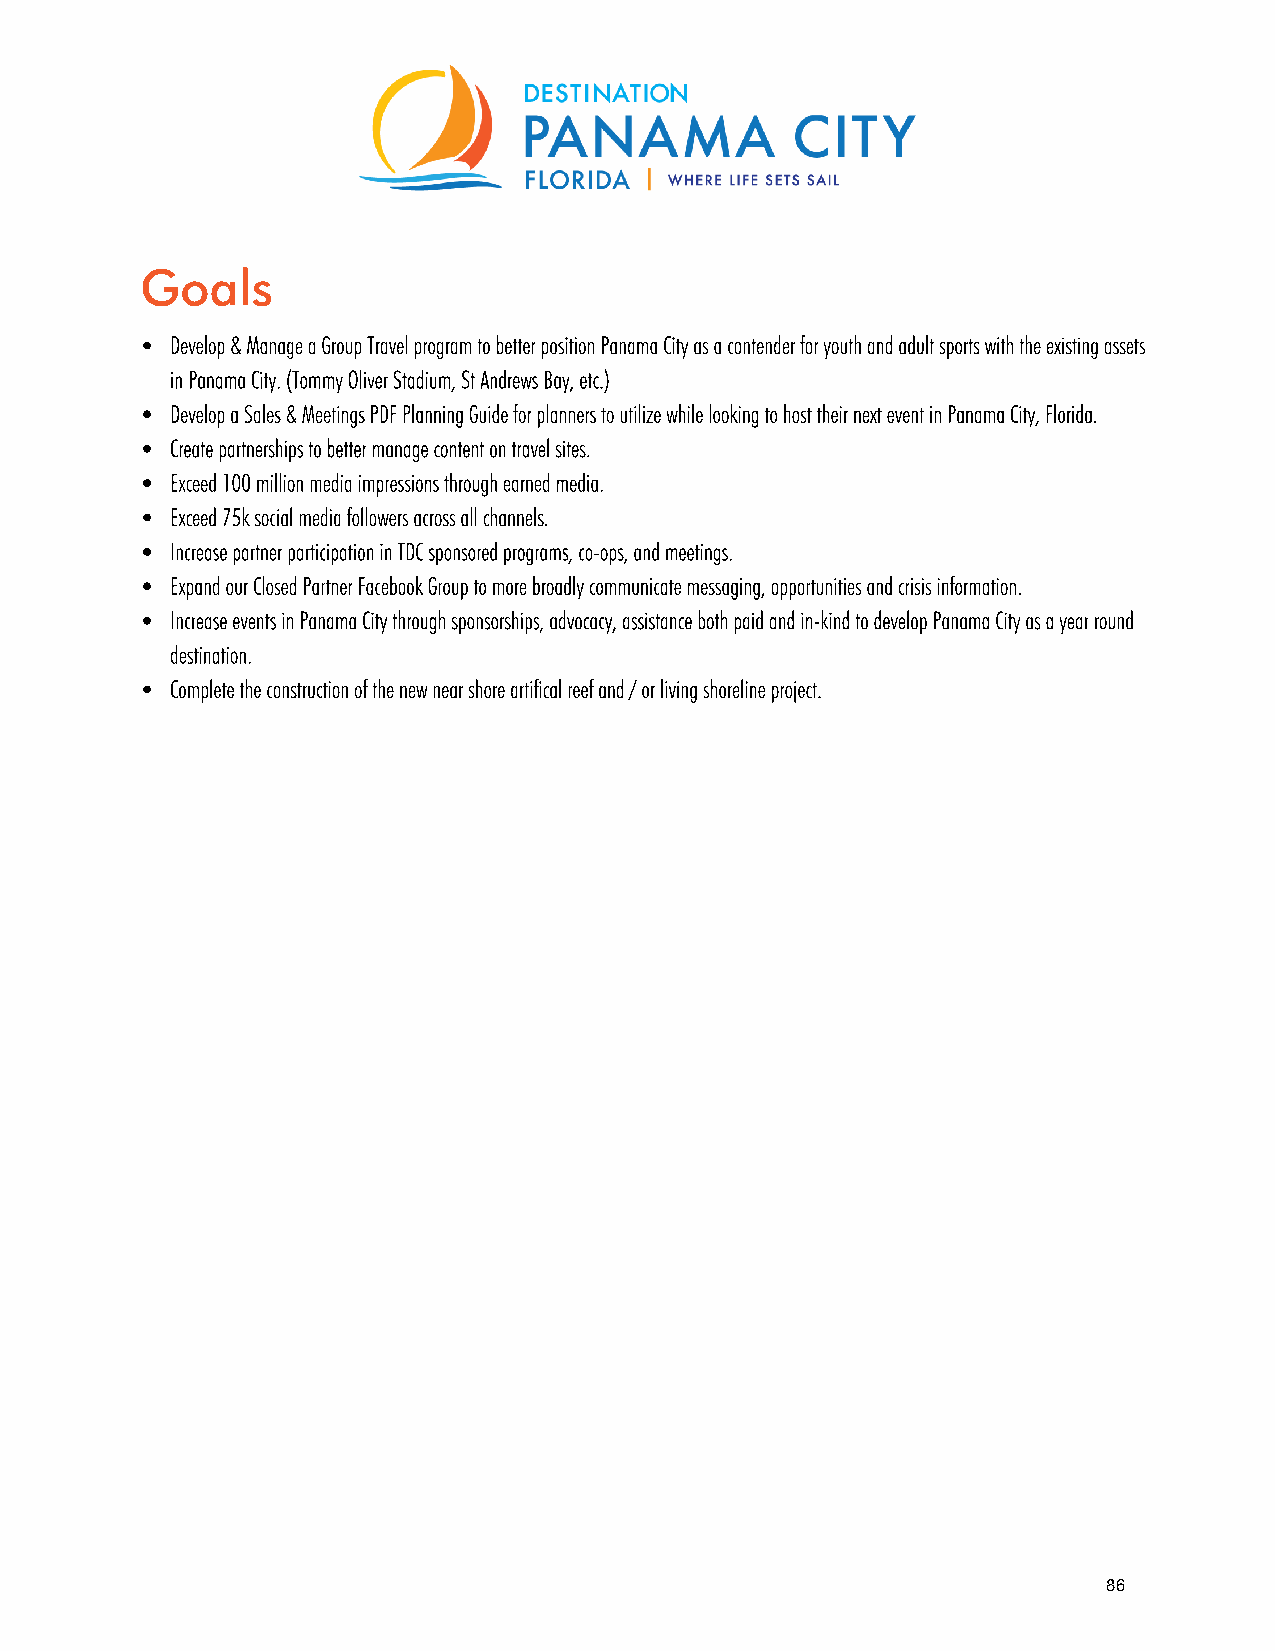
Goals
 Develop & Manage a Group Travel program to better position Panama City as a contender for youth and adult sports with the existing assets
 in Panama City. (Tommy Oliver Stadium, St Andrews Bay, etc.)
 Develop a Sales & Meetings PDF Planning Guide for planners to utilize while looking to host their next event in Panama City, Florida.
 Create partnerships to better manage content on travel sites.
 Exceed 100 million media impressions through earned media.
 Exceed 75k social media followers across all channels.
 Increase partner participation in TDC sponsored programs, co-ops, and meetings.
 Expand our Closed Partner Facebook Group to more broadly communicate messaging, opportunities and crisis information.
 Increase events in Panama City through sponsorships, advocacy, assistance both paid and in-kind to develop Panama City as a year round
 destination.
 Complete the construction of the new near shore artifical reef and / or living shoreline project.
 86